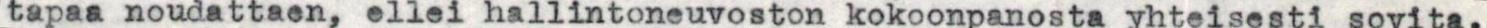
tapaa noudattaen, ellei hallintoneuvoston kokoonpanosta yhteisesti sovita.